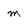
Character: m